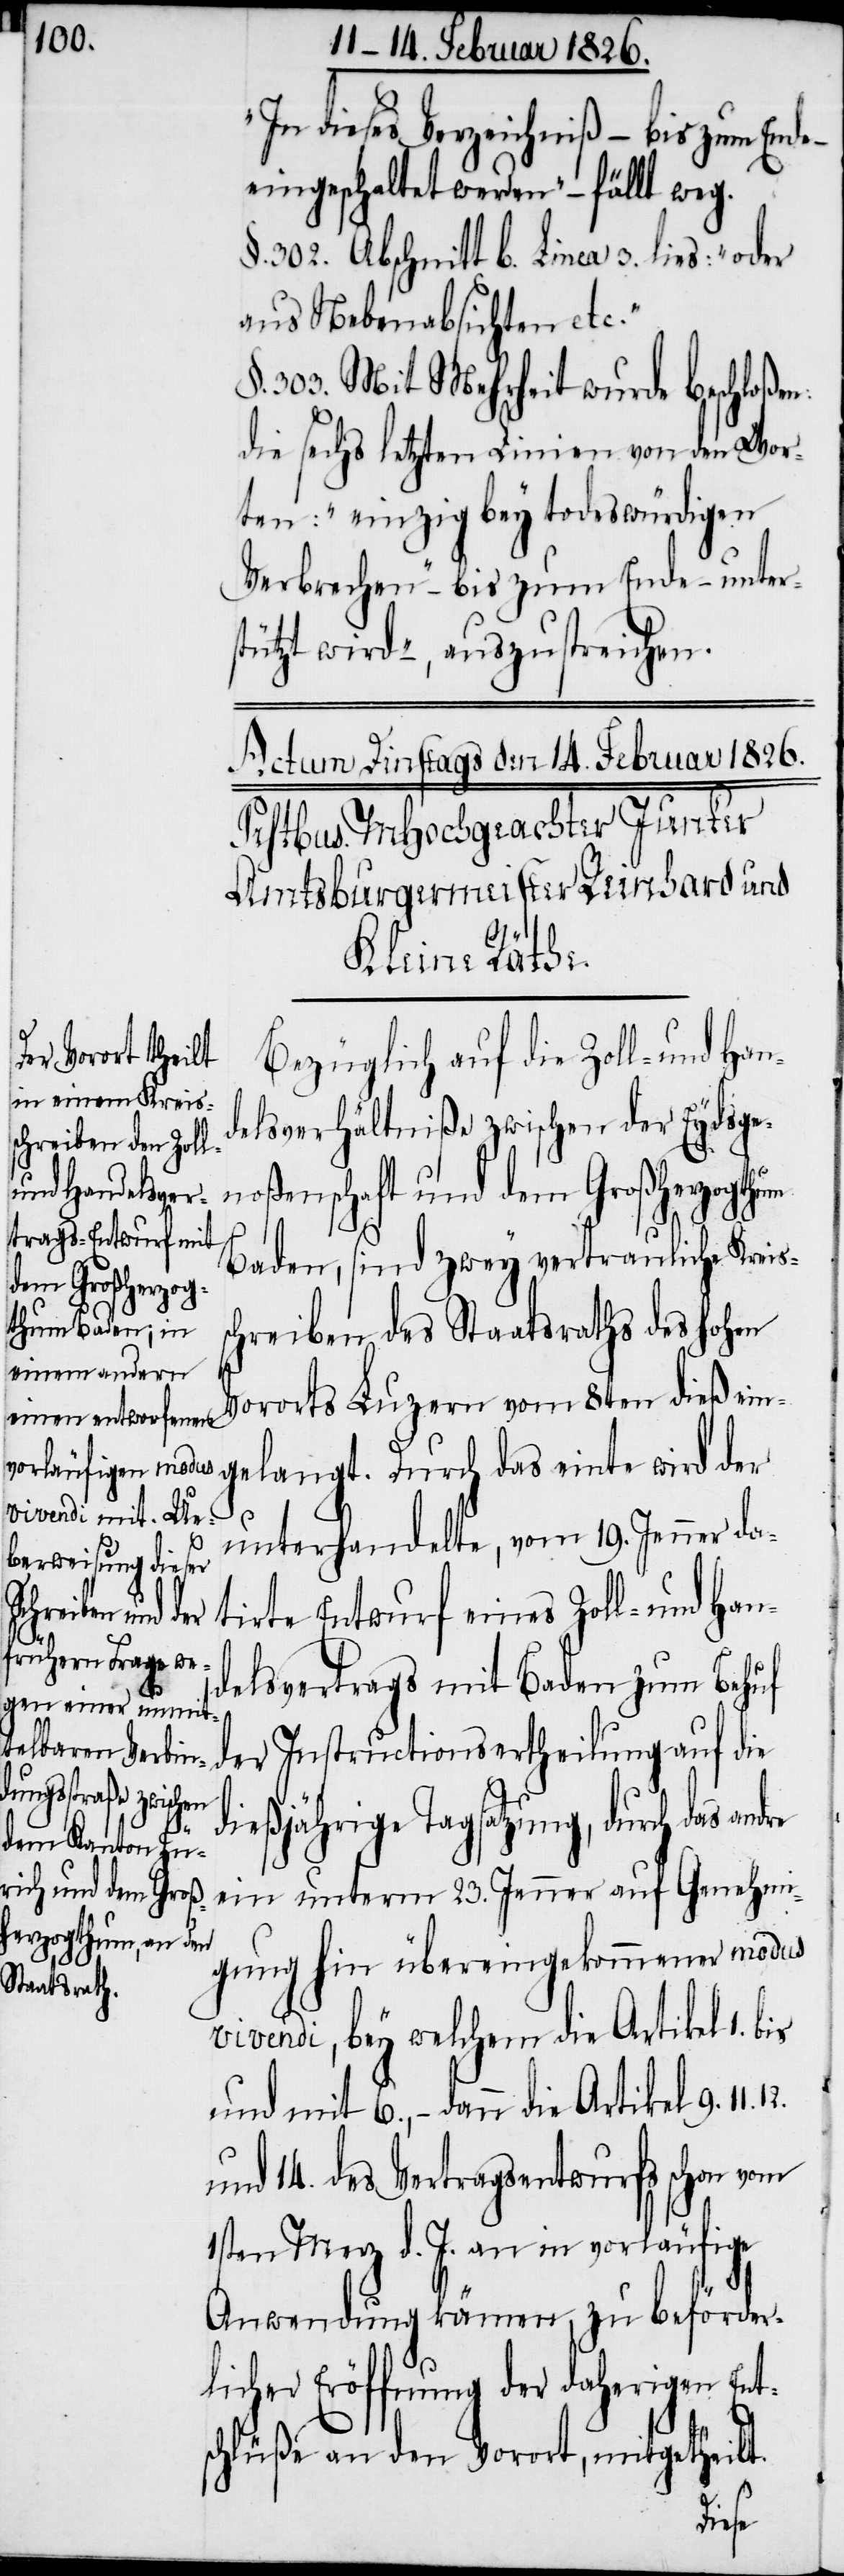
„In dieses Verzeichniß – bis zum Ende
eingeschaltet werden“ – fällt weg.
§. 302. Abschnitt b. Linea 3. lies: „oder
aus Nebenabsichten etc.“
§. 303. Mit Mehrheit wurde beschloßen:
die sechs letzten Linien von den Wor¬
ten: „einzig bey todeswürdigen
Verbrechen“ – bis zum Ende – [„]unter¬
stützt wird“ –, auszustreichen.
Bezüglich auf die Zoll- und Han¬
delsverhältniße zwischen der Eydsge¬
noßenschaft und dem Großherzogthum
Baden, sind zwey vertrauliche Kreis¬
auf Genehmi¬
schreiben des Staatsraths des hohen
Vororts Luzern vom 8ten dieß ein¬
unterhandelte, vom 19. Jenner da¬
ein unterm
tirte Entwurf eines Zoll- und Han¬
12.
delsvertrags mit Baden zum Behuf
dießjährige Tagsatzung, durch das
gung hin übereingekommener modus
vivendi, bey welchem die Artikel 1. bis
und mit 6. – dann die Artikel 9. 11.
und 14. des Vertragsentwurfs schon vom
1sten Merz d. J. an in vorläufige
Anwendung kämen, zu beförder¬
licher Eröffnung der daherigen Ent¬
schlüße an den Vorort, mitgetheilt.
die